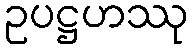
ဥပဋ္ဌဟဿု